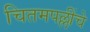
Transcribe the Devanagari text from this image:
चितमपल्लींचे